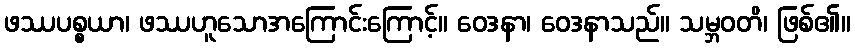
ဖဿပစ္စယာ၊ ဖဿဟူသောအကြောင်းကြောင့်။ ဝေဒနာ၊ ဝေဒနာသည်။ သမ္ဘဝတိ၊ ဖြစ်၏။